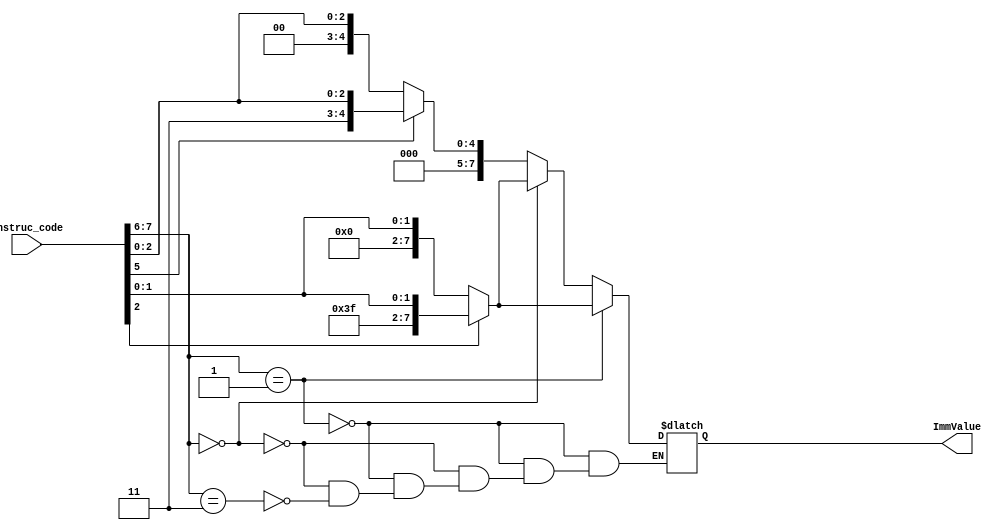
`timescale 1ns / 1ps
//////////////////////////////////////////////////////////////////////////////////
// Company: 
// Engineer: 
// 
// Design Name: 
// Module Name:    SignExtend 
// Project Name: 
// Target Devices: 
// Tool versions: 
// Description: 
//
// Dependencies: 
//
// Revision: 
// Revision 0.01 - File Created
// Additional Comments: 
//
//////////////////////////////////////////////////////////////////////////////////

module SignExtend(
input [7:0] instruc_code,
    output reg [7:0] ImmValue
    );
    
    always @(instruc_code)
	 begin
        if (instruc_code[7:6] == 2'b01) // addi
			  begin 
					if (instruc_code[2] == 0) 
							  ImmValue = {5'b00000, instruc_code[2:0]};
					else
							  ImmValue = {5'b11111, instruc_code[2:0]};
				end
        else 
			  begin
            
            if (instruc_code[7:6] == 2'b00)  // li
                if (instruc_code[2] == 0) 
                    ImmValue = {5'b00000, instruc_code[2:0]};
                else
                    ImmValue = {5'b11111, instruc_code[2:0]};
            else if (instruc_code[7:6] == 2'b11) 
                if (instruc_code[5] == 0)
                    ImmValue = {2'b00, instruc_code[2:0]};
                else
                    ImmValue = {2'b11, instruc_code[2:0]};
           end
    end
endmodule